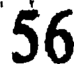
56